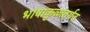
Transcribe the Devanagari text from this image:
भाषाकुळांतर्गत